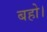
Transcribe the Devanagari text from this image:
बहो।